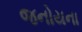
જનોયના